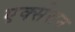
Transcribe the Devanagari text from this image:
एक्सेसन